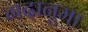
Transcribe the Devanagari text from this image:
गदानुमा